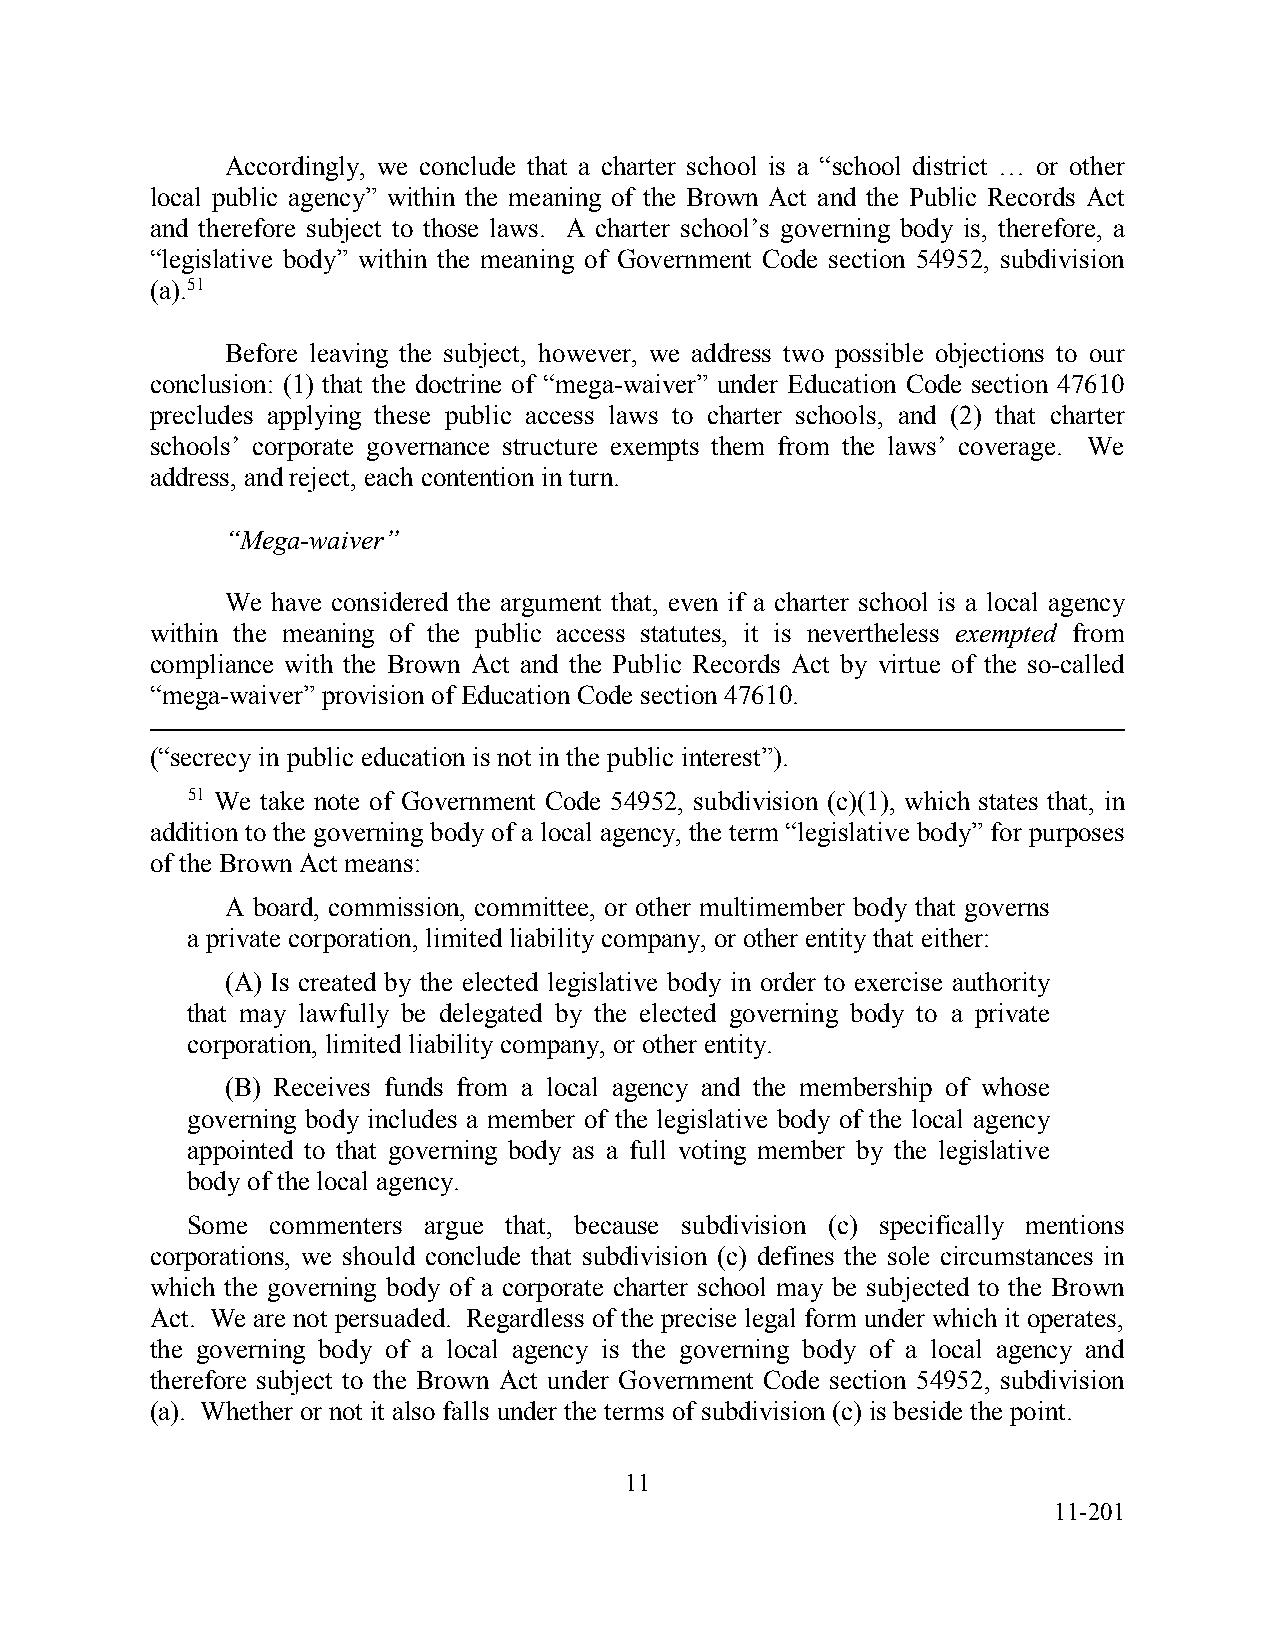
Accordingly, we conclude that a charter school is a “school district … or other
 local public agency” within the meaning of the Brown Act and the Public Records Act
 and therefore subject to those laws. A charter school’s governing body is, therefore, a
 “legislative body” within the meaning of Government Code section 54952, subdivision
 (a).51
 Before leaving the subject, however, we address two possible objections to our
 conclusion: (1) that the doctrine of “mega-waiver” under Education Code section 47610
 precludes applying these public access laws to charter schools, and (2) that charter
 schools’ corporate governance structure exempts them from the laws’ coverage. We
 address, and reject, each contention in turn.
 “Mega-waiver”
 We have considered the argument that, even if a charter school is a local agency
 within the meaning of the public access statutes, it is nevertheless exempted from
 compliance with the Brown Act and the Public Records Act by virtue of the so-called
 “mega-waiver” provision of Education Code section 47610.
 (“secrecy in public education is not in the public interest”).
 51 We take note of Government Code 54952, subdivision (c)(1), which states that, in
 addition to the governing body of a local agency, the term “legislative body” for purposes
 of the Brown Act means:
 A board, commission, committee, or other multimember body that governs
 a private corporation, limited liability company, or other entity that either:
 (A) Is created by the elected legislative body in order to exercise authority
 that may lawfully be delegated by the elected governing body to a private
 corporation, limited liability company, or other entity.
 (B) Receives funds from a local agency and the membership of whose
 governing body includes a member of the legislative body of the local agency
 appointed to that governing body as a full voting member by the legislative
 body of the local agency.
 Some  commenters argue that, because subdivision (c) specifically mentions
 corporations, we should conclude that subdivision (c) defines the sole circumstances in
 which the governing body of a corporate charter school may be subjected to the Brown
 Act. We are not persuaded. Regardless of the precise legal form under which it operates,
 the governing body of a local agency is the governing body of a local agency and
 therefore subject to the Brown Act under Government Code section 54952, subdivision
 (a). Whether or not it also falls under the terms of subdivision (c) is beside the point.
 11
 11-201